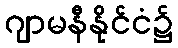
ဂျာမနီနိုင်ငံ၌